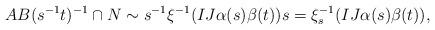
LaTeX: \begin{align*}AB(s^{-1}t)^{-1} \cap N \sim s^{-1}\xi^{-1}(IJ \alpha(s) \beta(t))s = \xi_s^{-1}(IJ \alpha(s) \beta(t)),\end{align*}